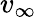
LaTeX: v_{\infty}\,